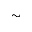
\sim